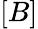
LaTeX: [B]